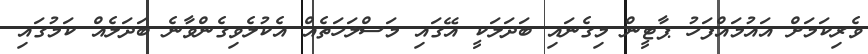
ވެރިކަމަށް އައުމައްފަހު ޕާޓީން މިގެނައި ބަދަލަކީ އޭގައި މަސްލަހަތެއް އެކުލެވިގެންވާނެ ބަދަލެއް ކަމުގައި